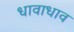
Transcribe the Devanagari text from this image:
धावाधाव